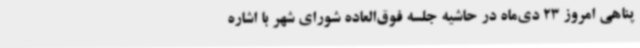
پناهی امروز 23 دی‌ماه در حاشیه جلسه فوق‌العاده شورای شهر با اشاره